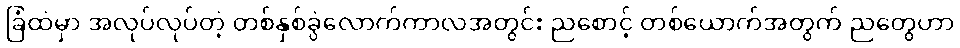
ခြံထဲမှာ အလုပ်လုပ်တဲ့ တစ်နှစ်ခွဲလောက်ကာလအတွင်း ညစောင့် တစ်ယောက်အတွက် ညတွေဟာ